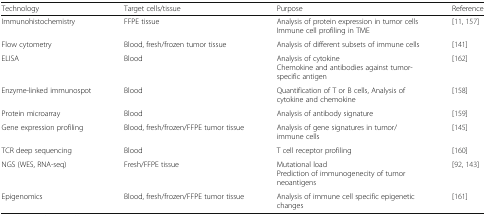
<table><thead><tr><td><b>Technology</b></td><td><b>Target cells/tissue</b></td><td><b>Purpose</b></td><td><b>Reference</b></td></tr></thead><tbody><tr><td>Immunohistochemistry</td><td>FFPE tissue</td><td>Analysis of protein expression in tumor cellsImmune cell profiling in TME</td><td>[11, 157]</td></tr><tr><td>Flow cytometry</td><td>Blood, fresh/frozen tumor tissue</td><td>Analysis of different subsets of immune cells</td><td>[141]</td></tr><tr><td>ELISA</td><td>Blood</td><td>Analysis of cytokineChemokine and antibodies against tumor-specific antigen</td><td>[162]</td></tr><tr><td>Enzyme-linked immunospot</td><td>Blood</td><td>Quantification of T or B cells, Analysis of cytokine and chemokine</td><td>[158]</td></tr><tr><td>Protein microarray</td><td>Blood</td><td>Analysis of antibody signature</td><td>[159]</td></tr><tr><td>Gene expression profiling</td><td>Blood, fresh/frozen/FFPE tumor tissue</td><td>Analysis of gene signatures in tumor/immune cells</td><td>[145]</td></tr><tr><td>TCR deep sequencing</td><td>Blood</td><td>T cell receptor profiling</td><td>[160]</td></tr><tr><td>NGS (WES, RNA-seq)</td><td>Fresh/FFPE tissue</td><td>Mutational loadPrediction of immunogenecity of tumor neoantigens</td><td>[92, 143]</td></tr><tr><td>Epigenomics</td><td>Blood, fresh/frozen/FFPE tumor tissue</td><td>Analysis of immune cell specific epigenetic changes</td><td>[161]</td></tr></tbody></table>